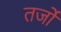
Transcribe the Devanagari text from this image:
तर्जो